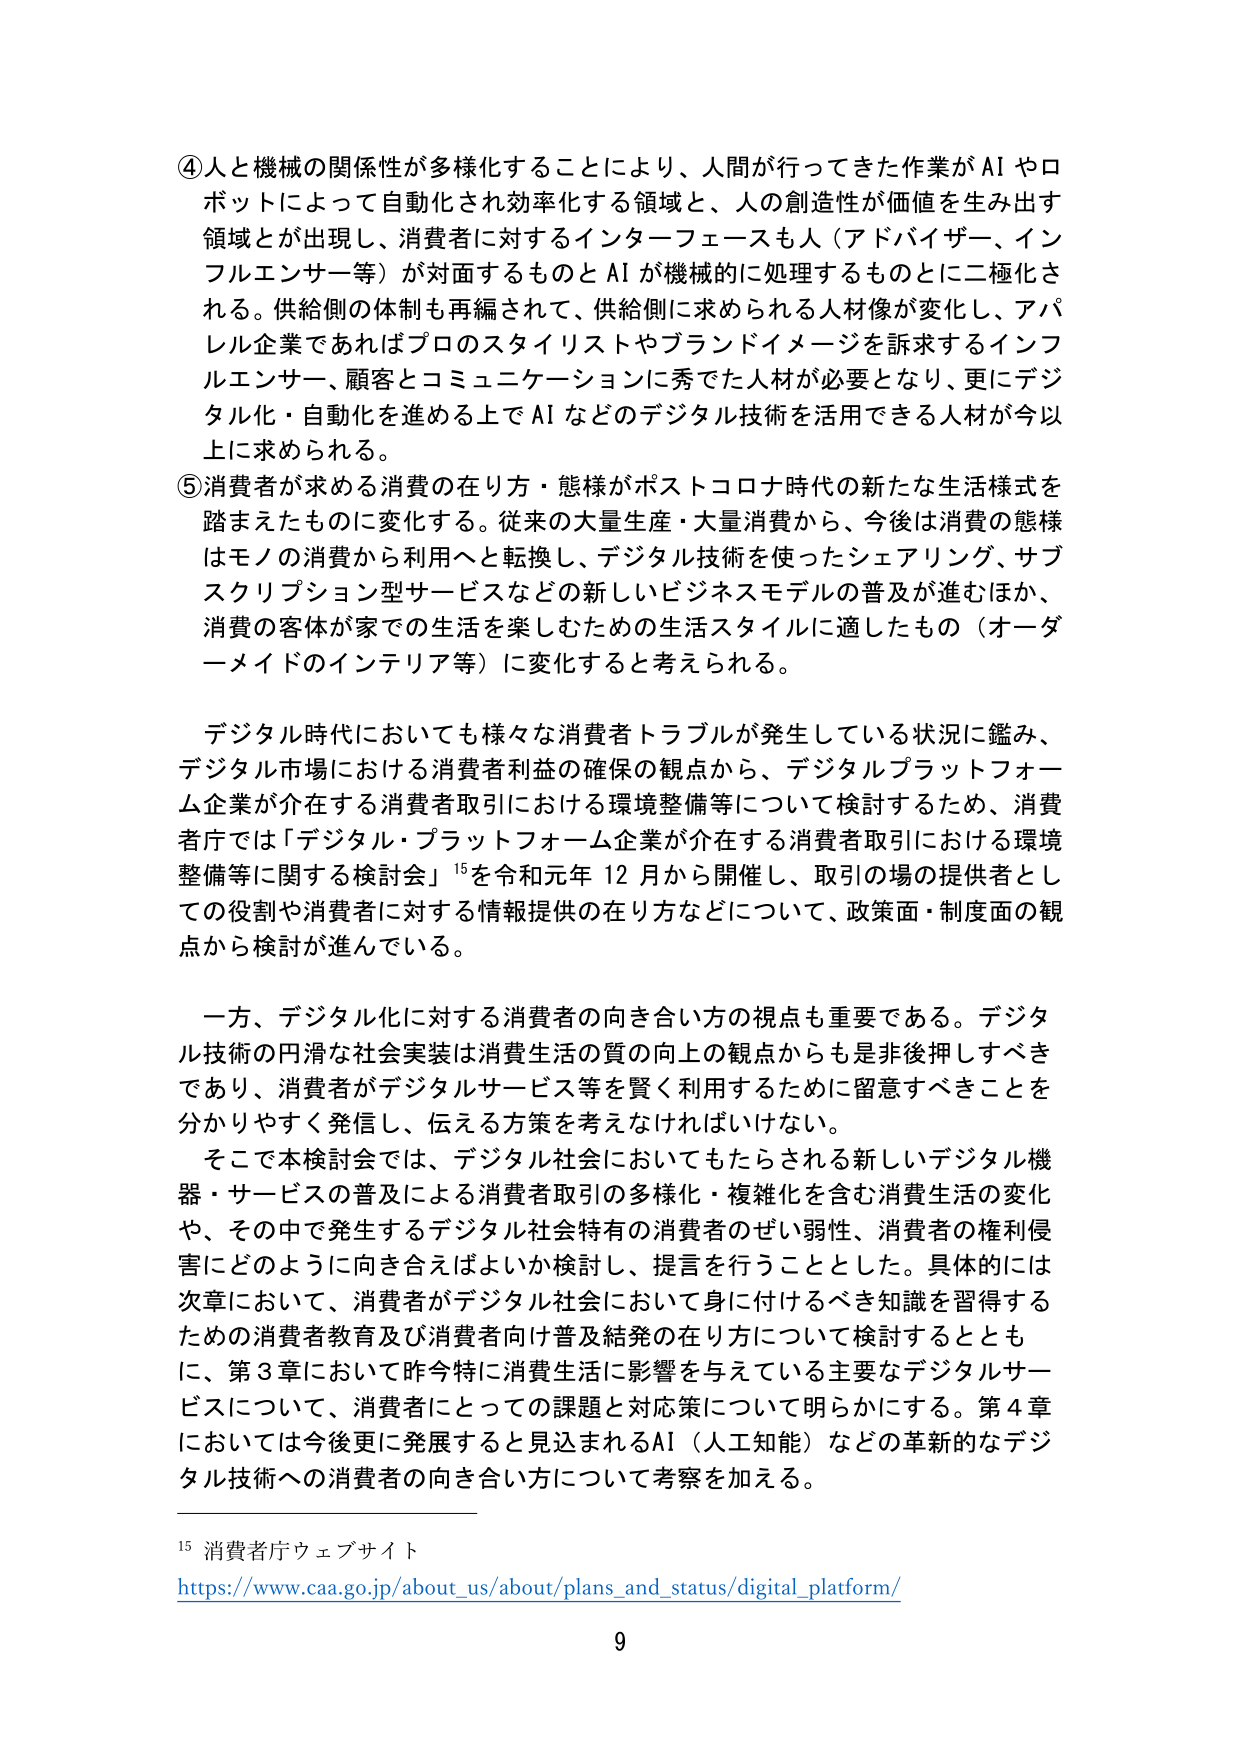
④人と機械の関係性が多様化することにより、人間が行ってきた作業がAIやロボットによって自動化され効率化する領域と、人の創造性が価値を生み出す領域とが出現し、消費者に対するインターフェースも人（アドバイザー、インフルエンサー等）が対面するものとAIが機械的に処理するものとに二極化される。供給側の体制も再編されて、供給側に求められる人材像が変化し、アパレル企業であればプロのスタイリストやブランドイメージを訴求するインフルエンサー、顧客とコミュニケーションに秀でた人材が必要となり、更にデジタル化・自動化を進める上でAIなどのデジタル技術を活用できる人材が今以上に求められる。

⑤消費者が求める消費の在り方・態様がポストコロナ時代の新たな生活様式を踏まえたものに変化する。従来の大量生産・大量消費から、今後は消費の態様はモノの消費から利用へと転換し、デジタル技術を使ったシェアリング、サブスクリプション型サービスなどの新しいビジネスモデルの普及が進むほか、消費の客体が家での生活を楽しむための生活スタイルに適したもの（オーダーメイドのインテリア等）に変化すると考えられる。

デジタル時代においても様々な消費者トラブルが発生している状況に鑑み、デジタル市場における消費者利益の確保の観点から、デジタルプラットフォーム企業が介在する消費者取引における環境整備等について検討するため、消費者庁では「デジタル・プラットフォーム企業が介在する消費者取引における環境整備等に関する検討会」¹⁵を令和元年12月から開催し、取引の場の提供者としての役割や消費者に対する情報提供の在り方などについて、政策面・制度面の観点から検討が進んでいる。

一方、デジタル化に対する消費者の向き合い方の視点も重要である。デジタル技術の円滑な社会実装は消費生活の質の向上の観点からも是非後押しせべきであり、消費者がデジタルサービス等を賢く利用するために留意すべきことを分かりやすく発信し、伝える方策を考えなければならない。

そこで本検討会では、デジタル社会においてもたらされる新しいデジタル機器・サービスの普及による消費者取引の多様化・複雑化を含む消費生活の変化や、その中で発生するデジタル社会特有の消費者のぜい弱性、消費者の権利侵害にどのように向き合えばよいか検討し、提言を行うこととした。具体的には次章において、消費者がデジタル社会において身に付けるべき知識を習得するための消費者教育及び消費者向け普及啓発の在り方について検討するとともに、第3章において昨今特に消費生活に影響を与えている主要なデジタルサービスについて、消費者にとっての課題と対応策について明らかにする。第4章においては今後更に発展すると見込まれるAI（人工知能）などの革新的なデジタル技術への消費者の向き合い方について考察を加える。

¹⁵ 消費者庁ウェブサイト
https://www.caa.go.jp/about_us/about/plans_and_status/digital_platform/
9